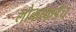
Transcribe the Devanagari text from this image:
लोकांकडेच